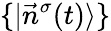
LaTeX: \{ |\vec{n}^{\sigma}(t)\rangle\}